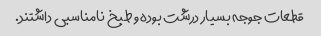
قطعات جوجه بسیار درشت بوده و طبخ نامناسبی داشتند.